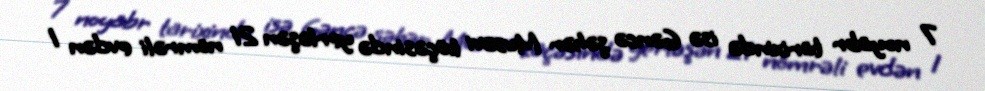
7 noyabr tarixində isə Gəncə şəhər Musəvi küçəsində yerləşən 21 nömrəli evdən 1